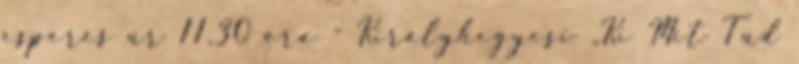
esperes úr 11,30 óra - Királyhegyesi „Ki Mit Tud